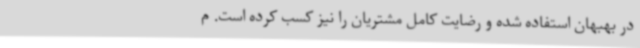
در بهبهان استفاده شده و رضایت کامل مشتریان را نیز کسب کرده است. م